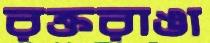
রক্তরাঙা